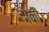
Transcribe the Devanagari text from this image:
दोनौं